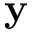
\mathbf { y }